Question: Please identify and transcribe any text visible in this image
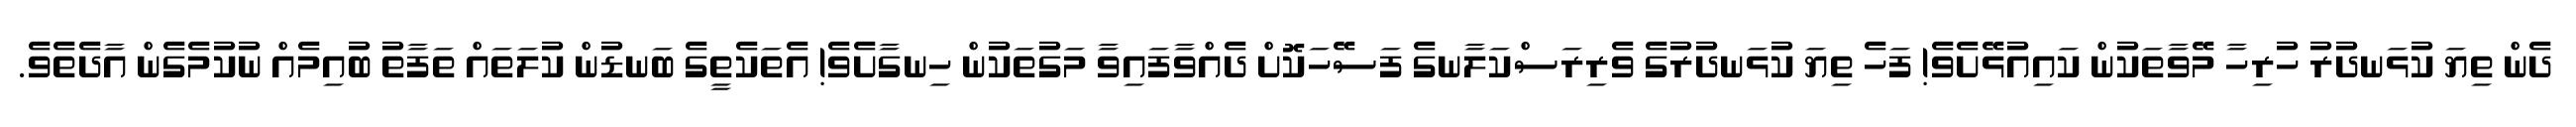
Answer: ދެން ތިޔަ ކުޅަނދުރު ހުރިހާ މޭވާތަކުން ކައިއުޅޭށެވެ! ފަހެ ތިޔަ ކުޅަނދުރުގެ ވެރިރަސްކަލާނގެ ފަސޭހަކޮށް ދެއްވާފައިވާ މަގުތަކުން ހިނގާށެވެ! އެތަކެތީގެ ބަނޑުން ކުލަތައް ތަފާތު ބުއިމެއް ނުކުމެގެން އާދެތެވެ.